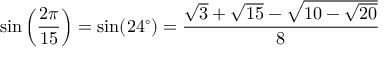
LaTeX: \sin \left( { \frac { 2 \pi } { 1 5 } } \right) = \sin ( 2 4 ^ { \circ } ) = { \frac { { \sqrt { 3 } } + { \sqrt { 1 5 } } - { \sqrt { 1 0 - { \sqrt { 2 0 } } } } } { 8 } }